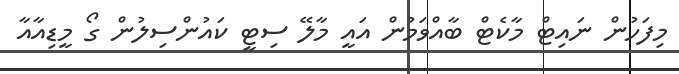
މިފަހުން ނައިޓް މާކެޓް ބާއްވަމުން އައީ މާލޭ ސިޓީ ކައުންސިލުން ގޯ މީޑިއާއާ